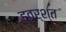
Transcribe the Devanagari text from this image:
हुवर्श्त